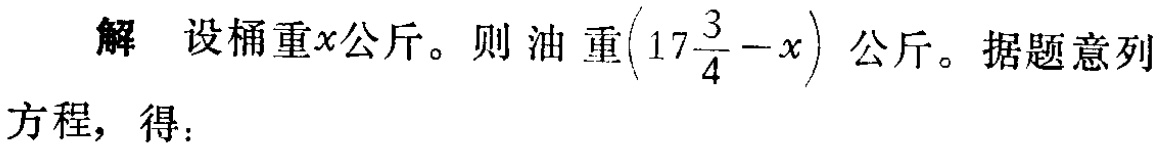
解 设桶重\(x\)公斤。则油重\(\left(17\frac{3}{4}-x\right)\)公斤。据题意列方程，得：